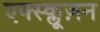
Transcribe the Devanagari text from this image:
एक्स्क्लूज़न